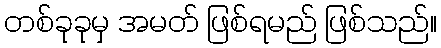
တစ်ခုခုမှ အမတ် ဖြစ်ရမည် ဖြစ်သည်။